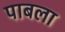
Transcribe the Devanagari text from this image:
पाबला